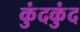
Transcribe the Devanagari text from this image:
कुंदकुंद